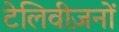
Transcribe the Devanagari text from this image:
टेलिवीज़नों